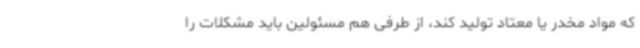
که مواد مخدر یا معتاد تولید کند، از طرفی هم مسئولین باید مشکلات را